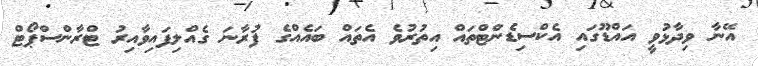
އޭނާ ވިދާޅުވީ އައްޑޫގައި އެކްސިޑެންޓްތައް އިތުރުވެ އެތައް ބައެއްގެ ފުރާނަަ ގެއްލިފައިވާއިރު ޓްރާންސްޕޯޓް